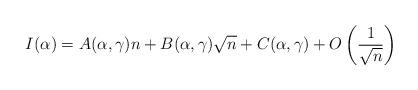
LaTeX: \begin{align*}I(\alpha) = A(\alpha,\gamma)n + B(\alpha, \gamma)\sqrt{n} + C(\alpha,\gamma) + O\left( \frac{1}{\sqrt{n}} \right)\end{align*}